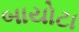
બાયોટા